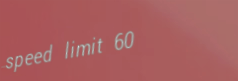
speed limit 60